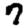
Digit: 7